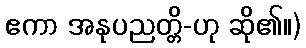
ဧကာ အနုပညတ္တိ-ဟု ဆို၏။)